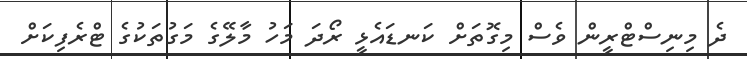
ދެ މިިނިސްޓްރީން ވެސް މިގޮތަށް ކަނޑައެޅީ ރޯދަ މަހު މާލޭގެ މަގުތަކުގެ ޓްރެފިކަށް